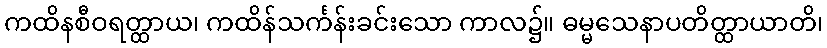
ကထိနစီဝရတ္ထာယ၊ ကထိန်သင်္ကန်းခင်းသော ကာလ၌။ ဓမ္မသေနာပတိတ္ထာယာတိ၊